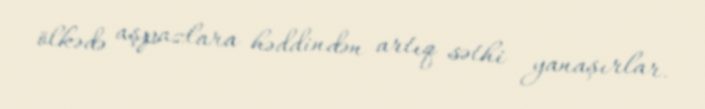
ölkədə aşpazlara həddindən artıq səthi yanaşırlar.